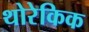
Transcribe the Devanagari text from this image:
थोरेकिक